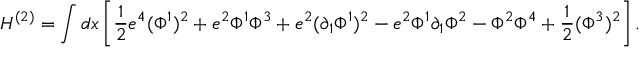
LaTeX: H ^ { ( 2 ) } = \int d x \left[ \frac { 1 } { 2 } e ^ { 4 } ( \Phi ^ { 1 } ) ^ { 2 } + e ^ { 2 } \Phi ^ { 1 } \Phi ^ { 3 } + e ^ { 2 } ( \partial _ { 1 } \Phi ^ { 1 } ) ^ { 2 } - e ^ { 2 } \Phi ^ { 1 } \partial _ { 1 } \Phi ^ { 2 } - \Phi ^ { 2 } \Phi ^ { 4 } + \frac { 1 } { 2 } ( \Phi ^ { 3 } ) ^ { 2 } \right] .